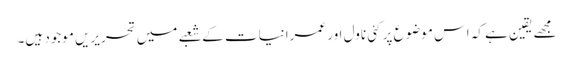
مجھے یقین ہے کہ اس موضوع پر کئی ناول اور عمرانیات کے شعبے میں تحریریں موجود ہیں۔